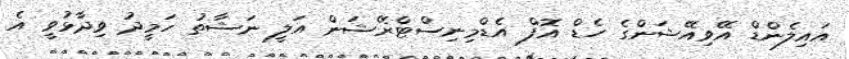
އައިލެންޑް އޭވިއޭޝަންގެ ހެޑް އޮފް އެޑްމިނިސްޓްރޭޝަން އަލީ ނަޝާތު ހަމީދު ވިދާޅުވީ އެ